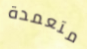
متعمدة